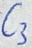
Text: C3